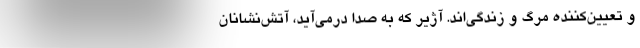
و تعیین‌کننده مرگ و زندگی‌اند. آژیر که به صدا درمی‌آید، آتش‌نشانان